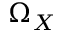
\Omega _ { X }